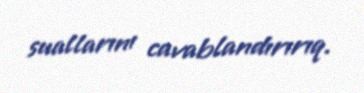
suallarını cavablandırırıq.